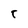
Character: T